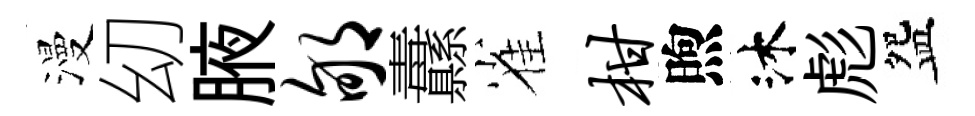
漫㓜腋郇纛雀柑煦沐彪盌